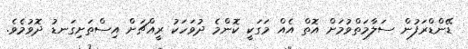
ޑޭންޑްރަފުން ސަލާމަތްވުމަށް އޮތް އެއް މަގަކީ ކޮންމެ ދުވަހަކު ރީއްޗަށް އިސްތަށިގަނޑު ދޮވުމެވެ.